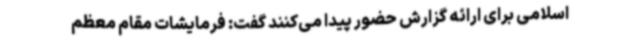
اسلامی برای ارائه گزارش حضور پیدا می‌کنند گفت: فرمایشات مقام معظم